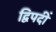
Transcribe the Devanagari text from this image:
द्विपदीं